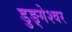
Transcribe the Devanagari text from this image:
डुङ्गेश्वर